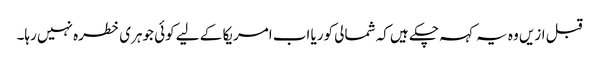
قبل ازیں وہ یہ کہہ چکے ہیں کہ شمالی کوریا اب امریکا کے لیے کوئی جوہری خطرہ نہیں رہا۔